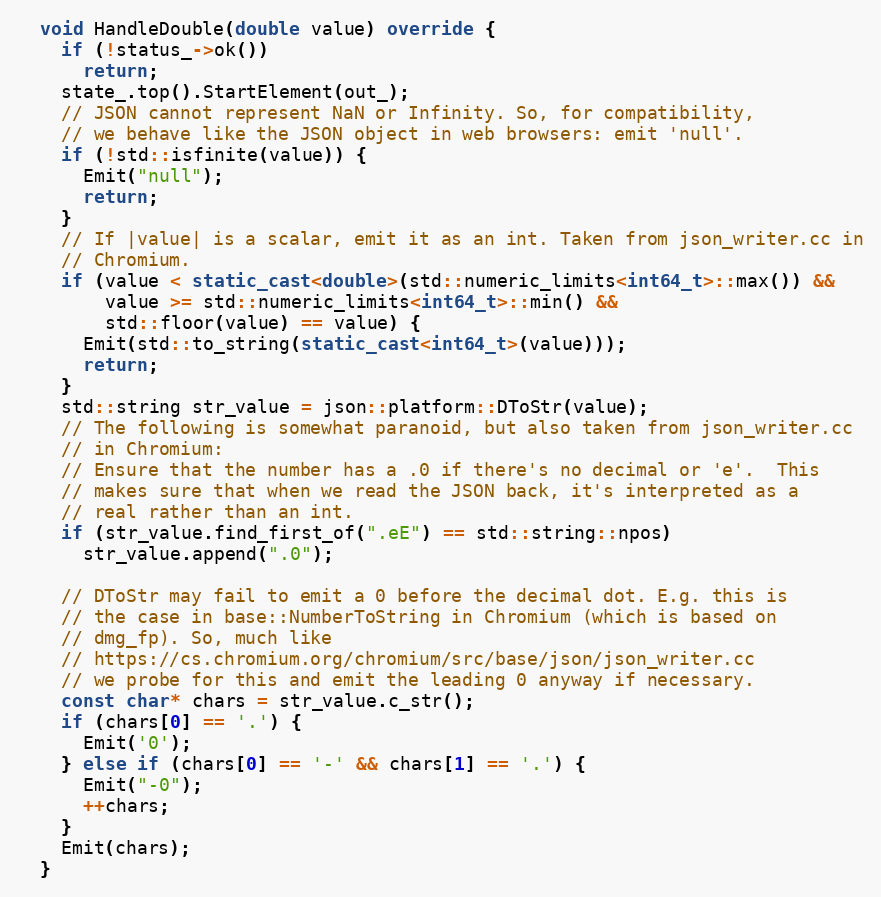
Language: C++
  void HandleDouble(double value) override {
    if (!status_->ok())
      return;
    state_.top().StartElement(out_);
    // JSON cannot represent NaN or Infinity. So, for compatibility,
    // we behave like the JSON object in web browsers: emit 'null'.
    if (!std::isfinite(value)) {
      Emit("null");
      return;
    }
    // If |value| is a scalar, emit it as an int. Taken from json_writer.cc in
    // Chromium.
    if (value < static_cast<double>(std::numeric_limits<int64_t>::max()) &&
        value >= std::numeric_limits<int64_t>::min() &&
        std::floor(value) == value) {
      Emit(std::to_string(static_cast<int64_t>(value)));
      return;
    }
    std::string str_value = json::platform::DToStr(value);
    // The following is somewhat paranoid, but also taken from json_writer.cc
    // in Chromium:
    // Ensure that the number has a .0 if there's no decimal or 'e'.  This
    // makes sure that when we read the JSON back, it's interpreted as a
    // real rather than an int.
    if (str_value.find_first_of(".eE") == std::string::npos)
      str_value.append(".0");

    // DToStr may fail to emit a 0 before the decimal dot. E.g. this is
    // the case in base::NumberToString in Chromium (which is based on
    // dmg_fp). So, much like
    // https://cs.chromium.org/chromium/src/base/json/json_writer.cc
    // we probe for this and emit the leading 0 anyway if necessary.
    const char* chars = str_value.c_str();
    if (chars[0] == '.') {
      Emit('0');
    } else if (chars[0] == '-' && chars[1] == '.') {
      Emit("-0");
      ++chars;
    }
    Emit(chars);
  }